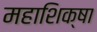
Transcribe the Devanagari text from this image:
महाशिक्षा